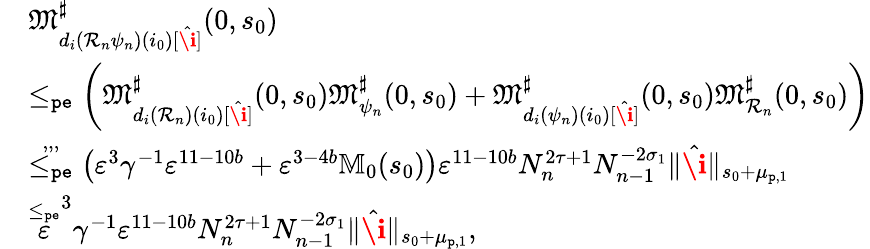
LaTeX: \begin{array}{rl}&{\mathfrak{M}_{d_{i}(\mathcal{R}_{n}\psi_{n})(i_{0})[\hat{\textbf{\i}}]}^{\sharp}(0,s_{0})}\\ &{\le_{\mathtt{pe}}\left(\mathfrak{M}_{d_{i}(\mathcal{R}_{n})(i_{0})[\hat{\textbf{\i}}]}^{\sharp}(0,s_{0})\mathfrak{M}_{\psi_{n}}^{\sharp}(0,s_{0})+\mathfrak{M}_{d_{i}(\psi_{n})(i_{0})[\hat{\textbf{\i}}]}^{\sharp}(0,s_{0})\mathfrak{M}_{\mathcal{R}_{n}}^{\sharp}(0,s_{0})\right)}\\ &{\overset{,,,}{\le_{\mathtt{pe}}}\left(\varepsilon^{3}\gamma^{-1}\varepsilon^{11-10b}+\varepsilon^{3-4b}\mathbb{M}_{0}(s_{0})\right)\varepsilon^{11-10b}N_{n}^{2\tau+1}N_{n-1}^{-2\sigma_{1}}\rVert\hat{\textbf{\i}}\rVert_{s_{0}+\mu_{\mathtt{p},1}}}\\ &{\overset{\le_{\mathtt{pe}}}\varepsilon^{3}\gamma^{-1}\varepsilon^{11-10b}N_{n}^{2\tau+1}N_{n-1}^{-2\sigma_{1}}\rVert\hat{\textbf{\i}}\rVert_{s_{0}+\mu_{\mathtt{p},1}},}\end{array}